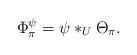
LaTeX: \begin{align*}\Phi_{\pi}^{\psi} = \psi*_{U}\Theta_{\pi}.\end{align*}